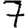
Digit: 7